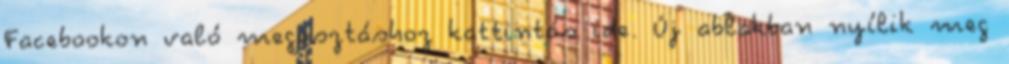
Facebookon való megosztáshoz kattintás ide. Új ablakban nyílik meg